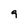
Character: 9